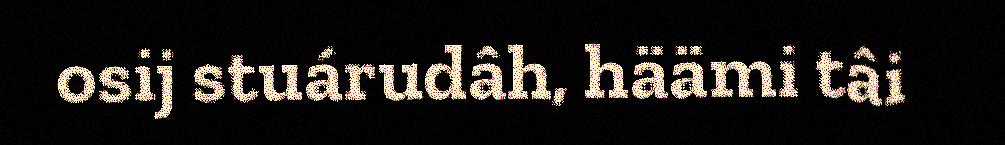
osij stuárudâh, häämi tâi